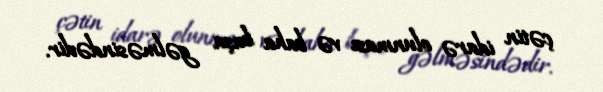
çətin idarə olunması və baha başa gəlməsindədir.